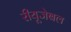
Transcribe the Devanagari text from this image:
रीयूजेबल